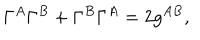
\Gamma ^ { A } \Gamma ^ { B } + \Gamma ^ { B } \Gamma ^ { A } = 2 g ^ { A B } ,